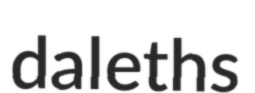
daleths